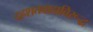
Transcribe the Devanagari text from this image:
दहशतवादाविरूद्ध